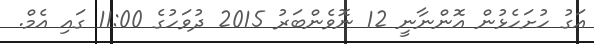
އަގު ހުށަހެޅުން އޮންނާނީ 12 ނޮވެންބަރު 2015 ދުވަހުގެ 11:00 ގައި އެމް.